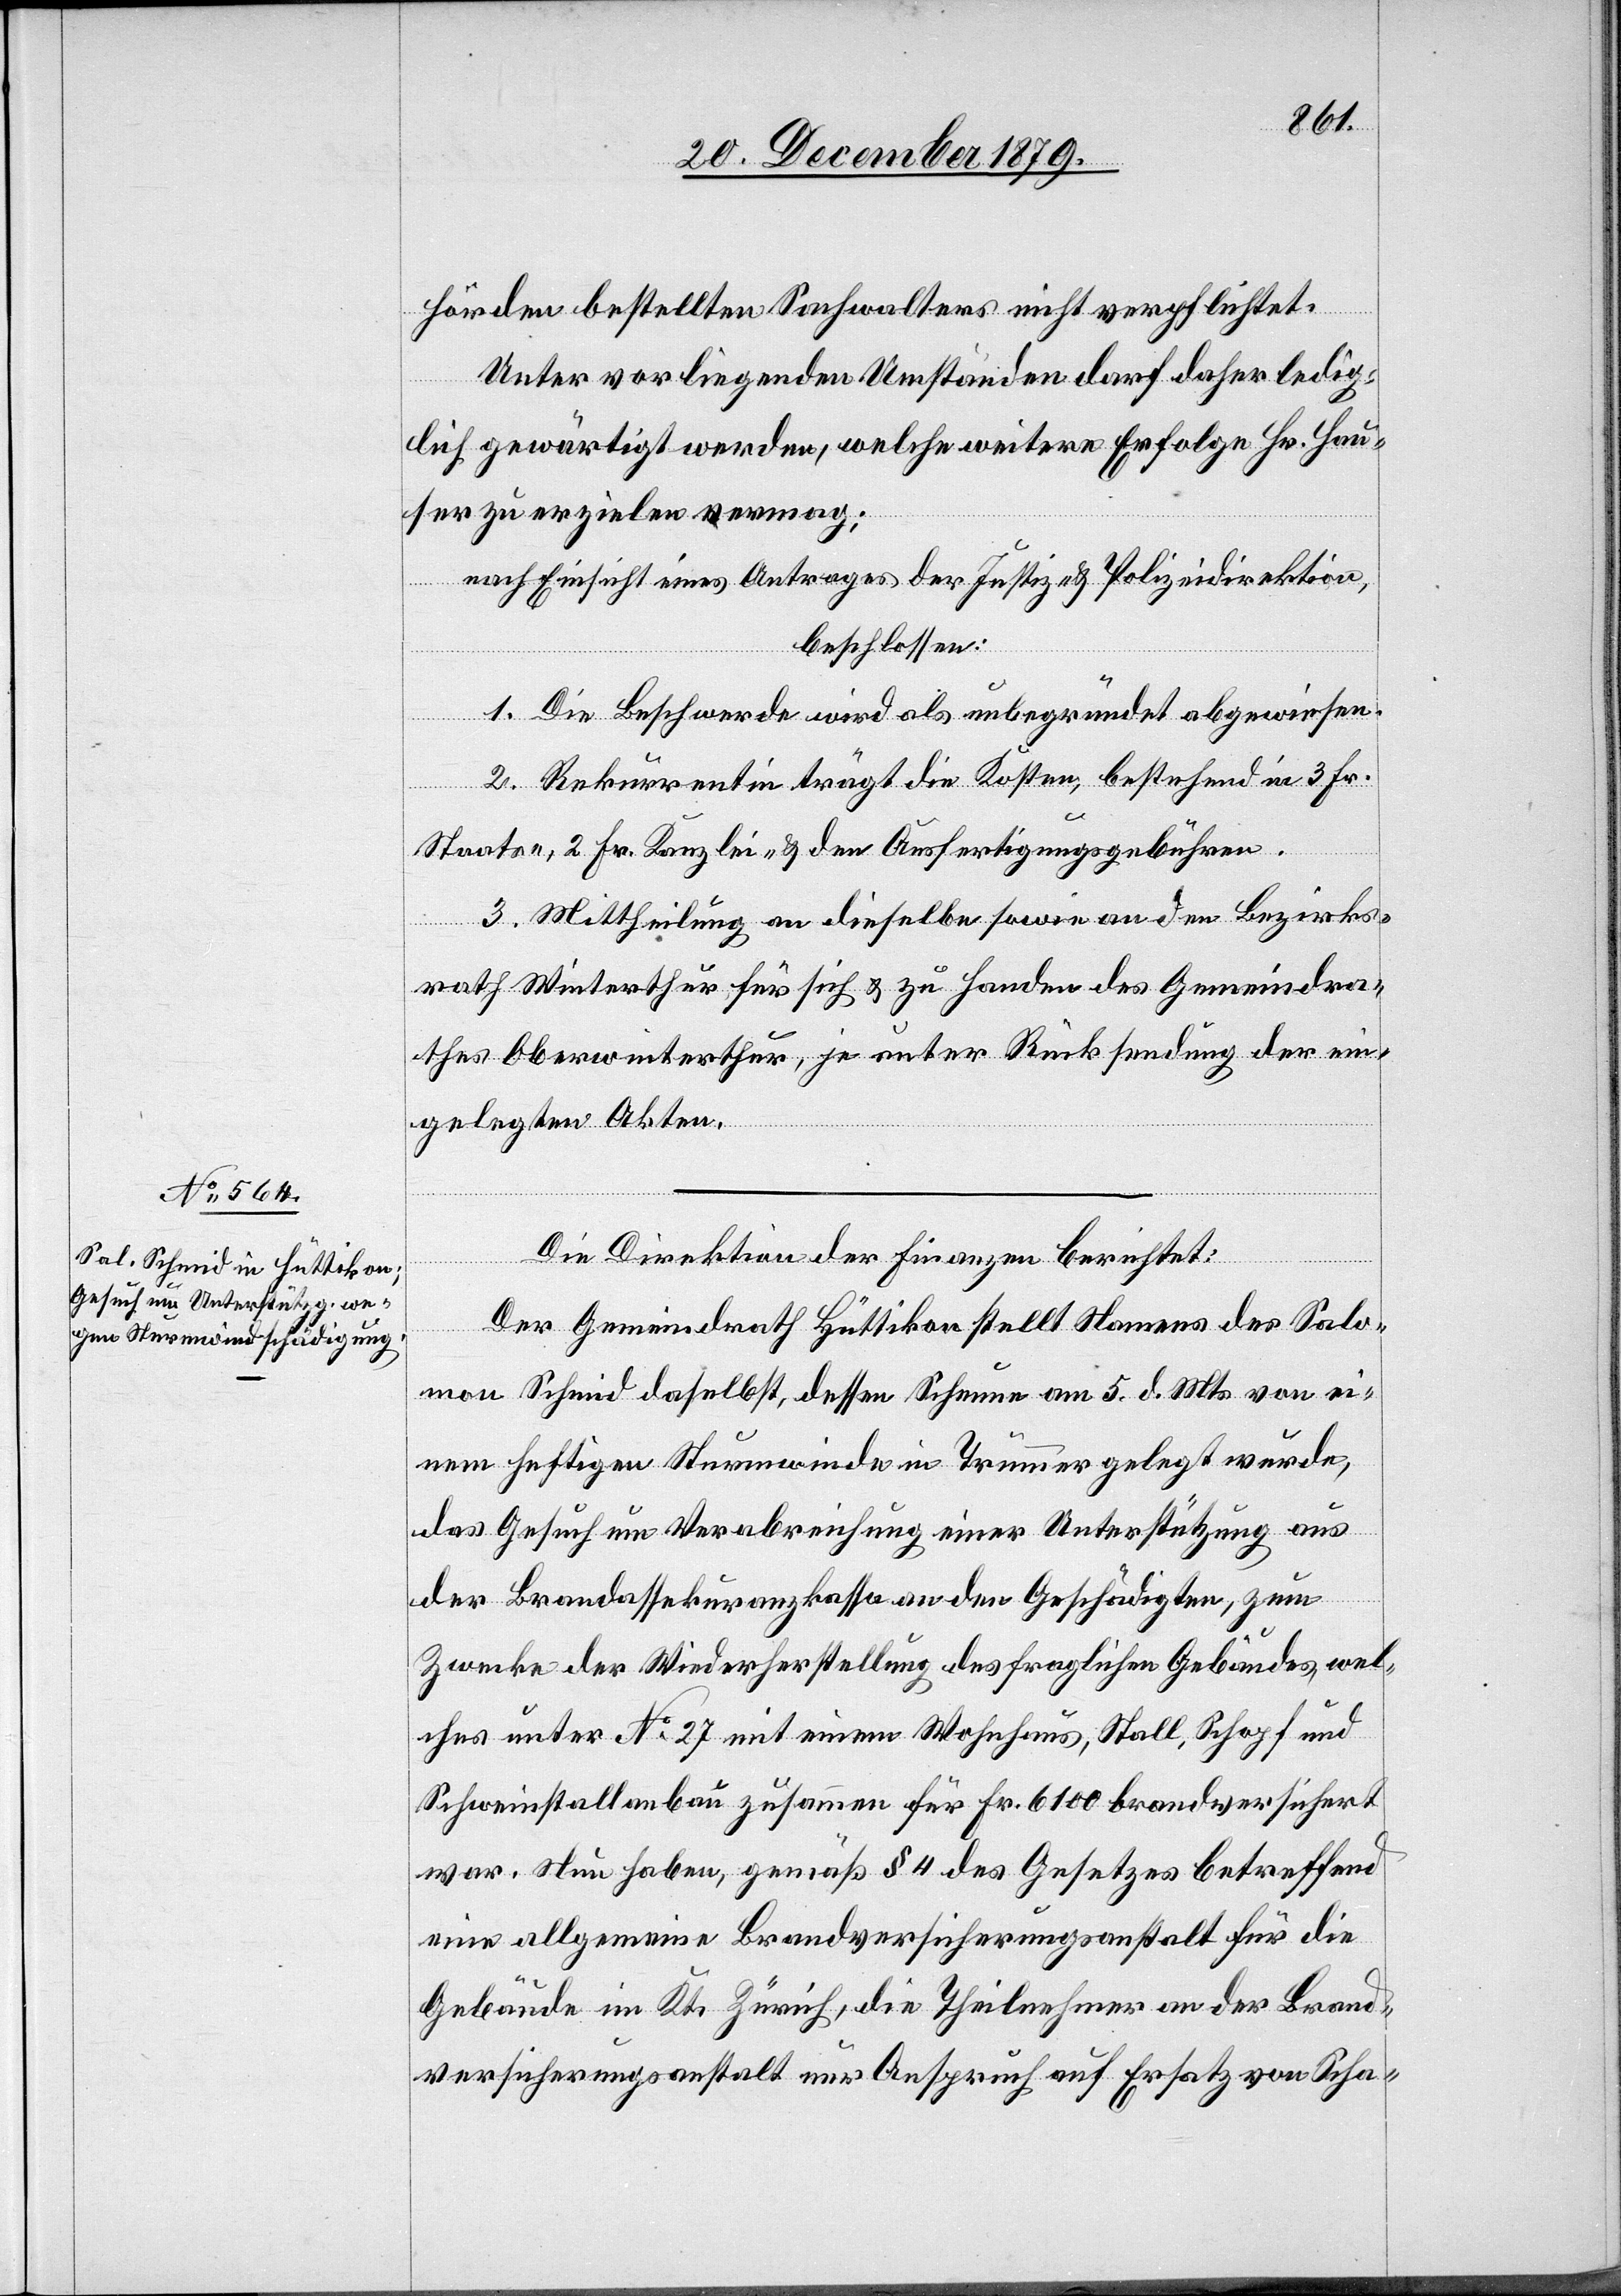
hörden bestellten Sachwalters nicht verpflichtet.
Unter vorliegenden Umständen darf daher ledig¬
lich gewärtigt werden, welche weitere Erfolge Hr. Hau¬
ser zu erzielen vermag:
nach Einsicht eines Antrages der Justiz- & Polizeidirektion,
beschlossen:
1. Die Beschwerde wird als unbegründet abgewiesen.
2. Rekurrentin trägt die Kosten, bestehend in 3 Fr.
Staats-, 2 Fr. Kanzlei- & den Ausfertigungsgebühren.
3. Mittheilung an dieselbe sowie an den Bezirks¬
rath Winterthur für sich & zu Handen des Gemeindra¬
thes Oberwinterthur, je unter Rücksendung der ein¬
gelegten Akten.
Die Direktion der Finanzen berichtet:
Der Gemeindrath Hüttikon stellt Namens des Salo¬
mon Schmid daselbst, dessen Scheune am 5. d. Mts von ei¬
nem heftigen Sturmwinde in Trümmer gelegt wurde,
das Gesuch um Verabreichung einer Unterstützung aus
der Brandassekuranzkasse an den Geschädigten, zum
Zwecke der Wiederherstellung des fraglichen Gebäudes, wel¬
ches unter No 27 mit einem Wohnhaus, Stall, Schopf und
Schweinstallanbau zusammen für Fr. 6100 brandversichert
war. Nun haben, gemäß § 4 des Gesetzes betreffend
eine allgemeine Brandversicherungsanstalt für die
Gebäude im Kt. Zürich, die Theilnehmer an der Brand¬
versicherungsanstalt nur Anspruch auf Ersatz von Scha-